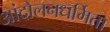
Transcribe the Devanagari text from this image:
आंदोलनधर्मिता